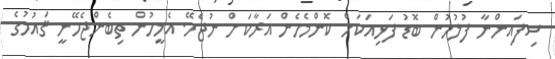
ސިފައިންނާ ފުލުހުން ބޮޑު ފަޅިއަކަށް ކޮންމެހެން އަރާކަށް ނުޖެހޭ. އެމީހުން ތިބެންޖެހޭނީ ޤައުމުގެ